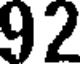
92